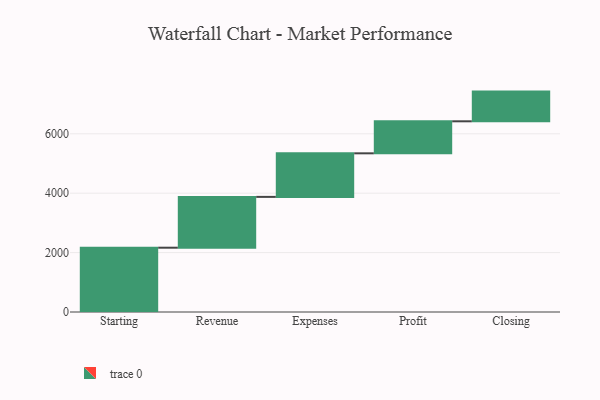
{"axis": {"x": "Step", "y": "Value"}, "legend": [""], "data": [{"x": "Starting", "y": 2165.0, "type": ""}, {"x": "Revenue", "y": 1711.0, "type": ""}, {"x": "Expenses", "y": 1467.0, "type": ""}, {"x": "Profit", "y": 1078.0, "type": ""}, {"x": "Closing", "y": 1000, "type": ""}]}